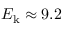
E _ { \mathrm { k } } \approx 9 . 2